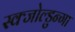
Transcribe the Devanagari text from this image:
स्क्जोल्डुन्गा